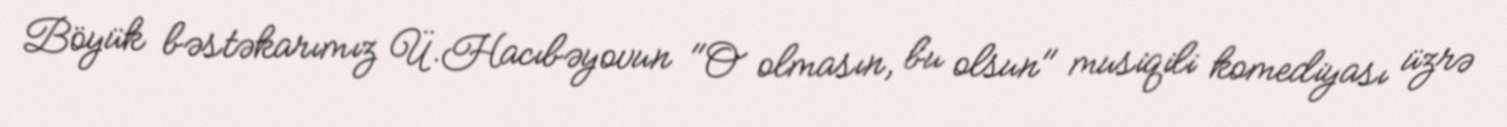
Böyük bəstəkarımız Ü.Hacıbəyovun "O olmasın, bu olsun" musiqili komediyası üzrə